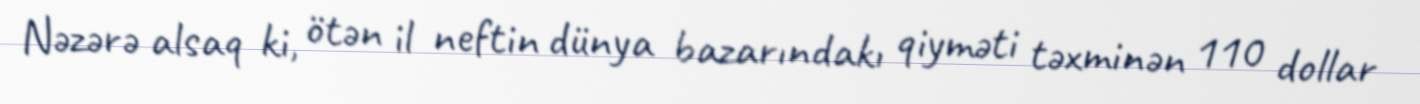
Nəzərə alsaq ki, ötən il neftin dünya bazarındakı qiyməti təxminən 110 dollar